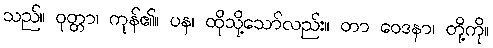
သည်။ ဝုတ္တာ၊ ကုန်၏။ ပန၊ ထိုသို့သော်လည်း။ တာ ဝေဒနာ၊ တို့ကို။